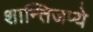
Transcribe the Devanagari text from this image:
शान्तिजप्ये